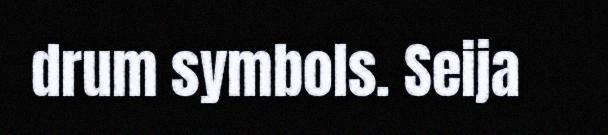
drum symbols. Seija